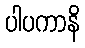
ပါပကာနိ